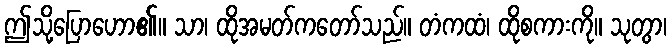
ဤသို့ပြောဟော၏။ သာ၊ ထိုအမတ်ကတော်သည်။ တံကထံ၊ ထိုစကားကို။ သုတွာ၊